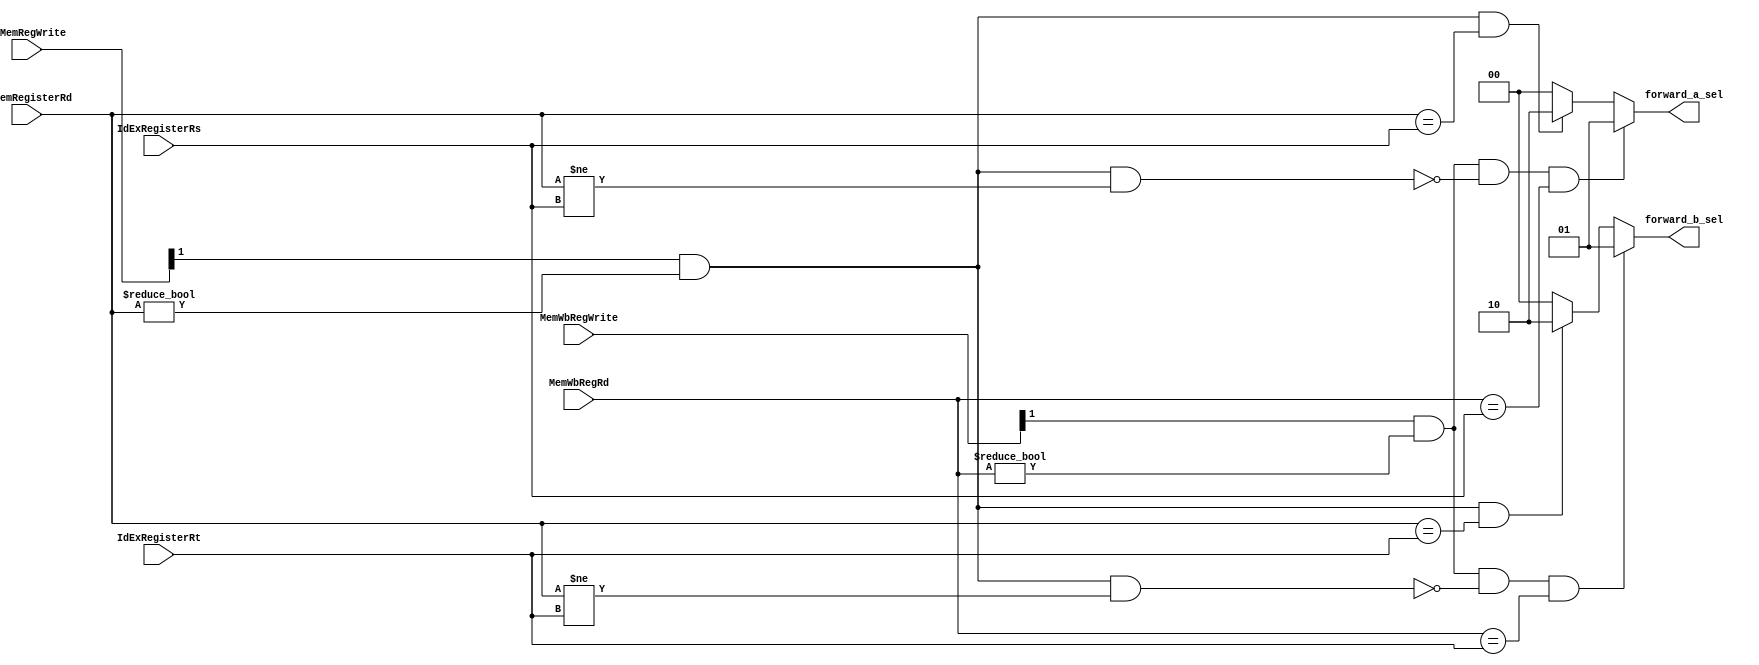
`timescale 1ns / 1ps

////////////////////////////////////////////////////////////////////////////////
// Company:       Universidad Nacional de Cordoba
//                Nicolas Quinteros Castilla
//
// Module Name:   FORWARDING_UNIT
// Project Name:  MIPS 
// Description:   Forwarding Unit implementation in the MIPS pipeline.
//
// Dependencies:  None.
//
////////////////////////////////////////////////////////////////////////////////

module FORWARDING_UNIT(
	// Inputs from the ID/EX.
	input  [4:0] IdExRegisterRs,
	input  [4:0] IdExRegisterRt, 
	// Inputs from the EX/MEM.
	input  [4:0] ExMemRegisterRd, 
	input  [1:0] ExMemRegWrite, 
	input  [4:0] MemWbRegRd,
	// Input form the MEM/WB.
	input  [1:0] MemWbRegWrite, 
	// Outputs to the EX stage.
	output reg [1:0] forward_a_sel,
	output reg [1:0] forward_b_sel);
	
	reg [4:0] temp1;
	reg [5:0] temp2;
    reg [5:0] temp3;
	
	always @ *
	begin
		forward_a_sel = 2'b00;
		forward_b_sel = 2'b00;
		
		// EX Hazard
		if (ExMemRegWrite[1] && 
		    (ExMemRegisterRd != 0) && (ExMemRegisterRd == IdExRegisterRs)) 
			begin
				forward_a_sel = 2'b10;
			end
		 
		if (ExMemRegWrite[1] && 
		    (ExMemRegisterRd != 0) && (ExMemRegisterRd == IdExRegisterRt)) 
			begin
				forward_b_sel = 2'b10;
			end
	
		// MEM Hazard
		if (MemWbRegWrite[1] && (MemWbRegRd != 0) && 
		    !(ExMemRegWrite[1] && (ExMemRegisterRd != 0) && (ExMemRegisterRd != IdExRegisterRs)) && 
			 (MemWbRegRd == IdExRegisterRs)) 
			begin
				forward_a_sel = 2'b01;
			end
			
		temp1 = MemWbRegWrite[1] && (MemWbRegRd != 0);
		temp2 = !(ExMemRegWrite[1] && (ExMemRegisterRd != 0) && 
		    (ExMemRegisterRd != IdExRegisterRt));
		temp3 = (MemWbRegRd == IdExRegisterRt);
		 
		if (MemWbRegWrite[1] && (MemWbRegRd != 0) && 
		    !(ExMemRegWrite[1] && (ExMemRegisterRd != 0) && 
		    (ExMemRegisterRd != IdExRegisterRt)) && 
			 (MemWbRegRd == IdExRegisterRt)) 
			begin
				forward_b_sel = 2'b01;
			end

	end						  
endmodule